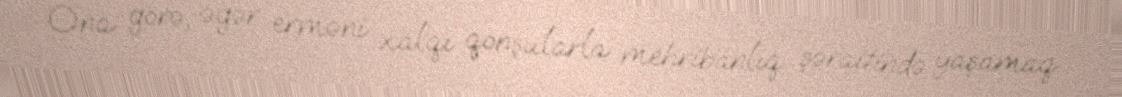
Ona görə, əgər erməni xalqı qonşularla mehribanlıq şəraitində yaşamaq